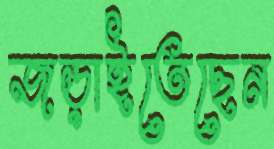
জড়াইতেছেন